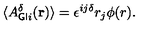
{ \langle } A _ { { \sf G I } i } ^ { \delta } ( { \bf { r } } ) \rangle = { \epsilon } ^ { i j { \delta } } r _ { j } { \phi } ( r ) .